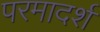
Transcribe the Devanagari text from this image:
परमादर्श